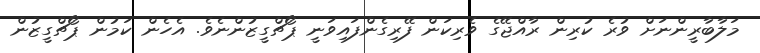
މަލާބާރީންނަށް ވުރެ ކުރިން ރާއްޖޭގެ ވެރިކަން ފޭރިގެންފައިވަނީ ޕޯޗްގީޒުންނެވެ. އެހެން ކަމުން ޕޯޗްގީޒުން